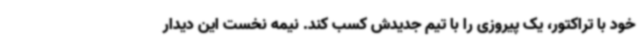
خود با تراکتور، یک پیروزی را با تیم جدیدش کسب کند. نیمه نخست این دیدار